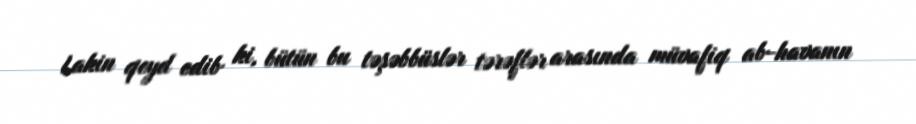
Lakin qeyd edib ki, bütün bu təşəbbüslər tərəflər arasında müvafiq ab-havanın